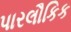
પારલૌકિક